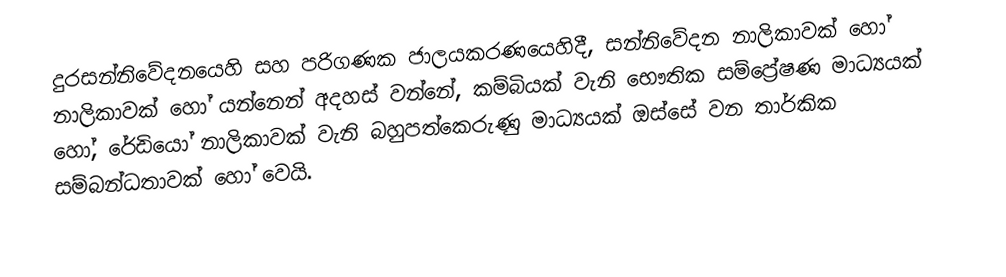
දුරසන්නිවේදනයෙහි සහ පරිගණක ජාලයකරණයෙහිදී, සන්නිවේදන නාලිකාවක් හෝ නාලිකාවක් හෝ යන්නෙන් අදහස් වන්නේ, කම්බියක් වැනි භෞතික සම්ප්‍රේෂණ මාධ්‍යයක් හෝ, රේඩියෝ නාලිකාවක් වැනි බහුපත්කෙරුණු මාධ්‍යයක් ඔස්සේ වන  තාර්කික සම්බන්ධතාවක් හෝ වෙයි.